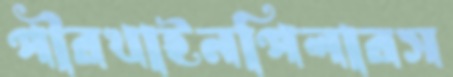
পীরখাইনপিলারস